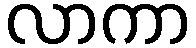
လာကာ